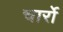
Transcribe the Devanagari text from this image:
चार्रो